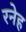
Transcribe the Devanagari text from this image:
रनेह